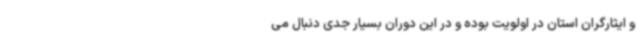
و ایثارگران استان در اولویت بوده و در این دوران بسیار جدی دنبال می